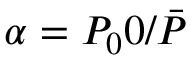
\alpha = P _ { 0 } 0 / \bar { P }